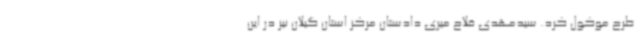
طرح موکول کرد. سیدمهدی فلاح میری دادستان مرکز استان گیلان نیز در این